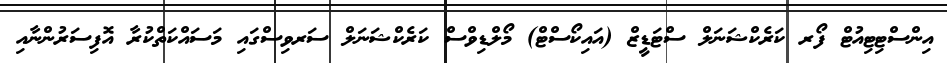
އިންސްޓިޓިއުޓް ފޯރ ކަރެކްޝަނަލް ސްޓަޑީޒް (އައިކޯސްޓް) މޯލްޑިވްސް ކަރެކްޝަނަލް ސަރވިސްގައި މަސައްކަތްކުރާ އޮފިސަރުންނާއި